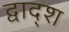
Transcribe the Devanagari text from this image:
द्वाद्श